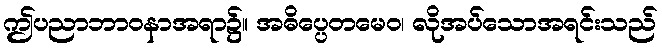
ဤပညာဘာဝနာအရာ၌။ အဓိပ္ပေတမေဝ၊ လိုအပ်သောအရင်းသည်